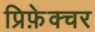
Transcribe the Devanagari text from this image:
प्रिफ़ेक्चर